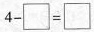
$$4 - \Box = \Box $$